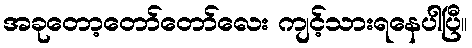
အခုတော့တော်တော်လေး ကျင့်သားရနေပါပြီ။